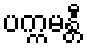
ပက္ကမန္တီ